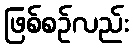
ဖြစ်စဉ်လည်း